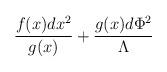
LaTeX: \begin{align*}{f (x) dx^2 \over g (x)} +{g (x) d\Phi^2 \over \Lambda}\end{align*}